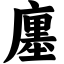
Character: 廛